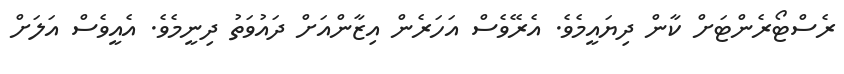
ރެސްޓޯރެންޓަށް ކާން ދިޔައީމެވެ. އެރޭވެސް އަހަރެން އިޒާންއަށް ދައުވަތު ދިނީމެވެ. އެއީވެސް އަލަށް